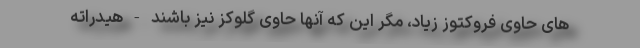
های حاوی فروکتوز زیاد، مگر این که آنها حاوی گلوکز نیز باشند - هیدراته